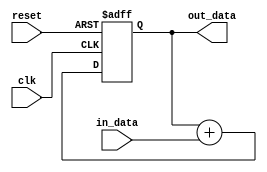
module accumulator (
    input wire clk,
    input wire reset,
    input wire [7:0] in_data,
    output wire [15:0] out_data
);

reg [15:0] accumulator; // register to store the accumulated value

always @(posedge clk or posedge reset) begin
    if (reset) begin
        accumulator <= 16'b0; // initialize accumulator to zero
    end else begin
        accumulator <= accumulator + in_data; // continuously add input values to accumulator
    end
end

assign out_data = accumulator;

endmodule